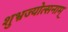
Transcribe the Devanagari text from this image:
शुभ्रज्योत्सनाम्